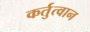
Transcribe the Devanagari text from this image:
कर्तुत्वान